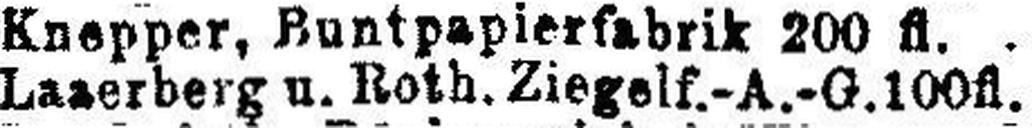
Lazerberg u. Roth. Ziegelf.-A.-G. 100fl.